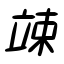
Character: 竦